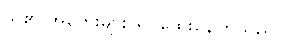
သူ၏ အတွေးများ ရှုပ်ထွေးနေကြသည်။